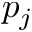
p _ { j }